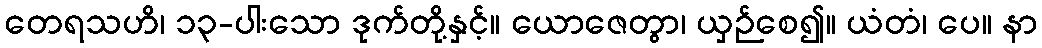
တေရသဟိ၊ ၁၃-ပါးသော ဒုက်တို့နှင့်။ ယောဇေတွာ၊ ယှဉ်စေ၍။ ယံတံ၊ ပေ။ နာ